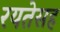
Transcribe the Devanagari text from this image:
रयतेसह